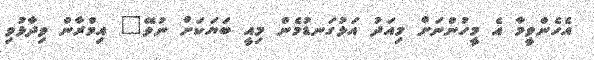
އެހެންވީމާ އެ މީހުންނަށް މިއަދު އަޅުގަނޑުމެން މިއީ ބަޔަކަށް ނުވޭ" އިމްރާން ވިދާޅުވި